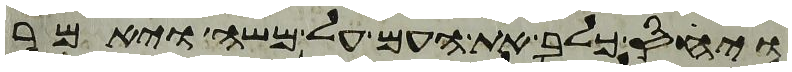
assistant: ויחס כלב את העם על משה ויאמר